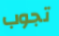
تجوب